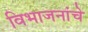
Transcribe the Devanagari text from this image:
विभाजनांचे